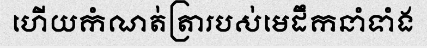
ហើយកំណត់ត្រារបស់មេដឹកនាំទាំង